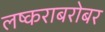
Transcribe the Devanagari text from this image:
लष्कराबरोबर